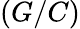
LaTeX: (G/C)